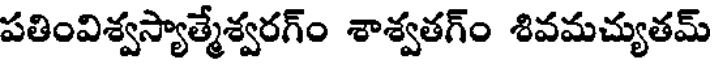
పతింవిశ్వస్యాత్మేశ్వరగ్ం శాశ్వతగ్ం శివమచ్యుతమ్